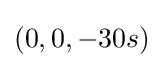
(0,0,-30s)